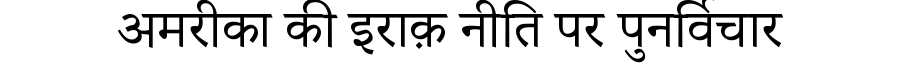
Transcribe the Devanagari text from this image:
अमरीका की इराक़ नीति पर पुनर्विचार